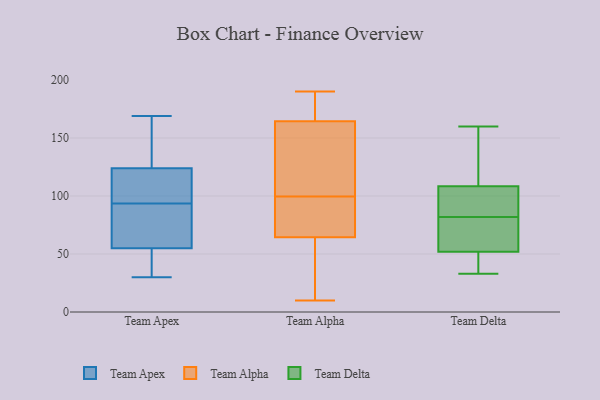
{"axis": {"x": "Budget (USD K)", "y": "Value"}, "legend": ["Team Alpha", "Team Apex", "Team Delta"], "data": [{"x": "", "y": 91, "type": "Team Apex"}, {"x": "", "y": 30, "type": "Team Apex"}, {"x": "", "y": 55, "type": "Team Apex"}, {"x": "", "y": 124, "type": "Team Apex"}, {"x": "", "y": 131, "type": "Team Apex"}, {"x": "", "y": 111, "type": "Team Apex"}, {"x": "", "y": 34, "type": "Team Apex"}, {"x": "", "y": 96, "type": "Team Apex"}, {"x": "", "y": 59, "type": "Team Apex"}, {"x": "", "y": 169, "type": "Team Apex"}, {"x": "", "y": 182, "type": "Team Alpha"}, {"x": "", "y": 164, "type": "Team Alpha"}, {"x": "", "y": 153, "type": "Team Alpha"}, {"x": "", "y": 172, "type": "Team Alpha"}, {"x": "", "y": 131, "type": "Team Alpha"}, {"x": "", "y": 190, "type": "Team Alpha"}, {"x": "", "y": 27, "type": "Team Alpha"}, {"x": "", "y": 165, "type": "Team Alpha"}, {"x": "", "y": 59, "type": "Team Alpha"}, {"x": "", "y": 70, "type": "Team Alpha"}, {"x": "", "y": 53, "type": "Team Alpha"}, {"x": "", "y": 10, "type": "Team Alpha"}, {"x": "", "y": 92, "type": "Team Alpha"}, {"x": "", "y": 36, "type": "Team Alpha"}, {"x": "", "y": 81, "type": "Team Alpha"}, {"x": "", "y": 112, "type": "Team Alpha"}, {"x": "", "y": 84, "type": "Team Alpha"}, {"x": "", "y": 190, "type": "Team Alpha"}, {"x": "", "y": 105, "type": "Team Alpha"}, {"x": "", "y": 94, "type": "Team Alpha"}, {"x": "", "y": 104, "type": "Team Delta"}, {"x": "", "y": 33, "type": "Team Delta"}, {"x": "", "y": 47, "type": "Team Delta"}, {"x": "", "y": 159, "type": "Team Delta"}, {"x": "", "y": 84, "type": "Team Delta"}, {"x": "", "y": 86, "type": "Team Delta"}, {"x": "", "y": 51, "type": "Team Delta"}, {"x": "", "y": 82, "type": "Team Delta"}, {"x": "", "y": 52, "type": "Team Delta"}, {"x": "", "y": 81, "type": "Team Delta"}, {"x": "", "y": 113, "type": "Team Delta"}, {"x": "", "y": 160, "type": "Team Delta"}, {"x": "", "y": 72, "type": "Team Delta"}, {"x": "", "y": 52, "type": "Team Delta"}, {"x": "", "y": 110, "type": "Team Delta"}]}